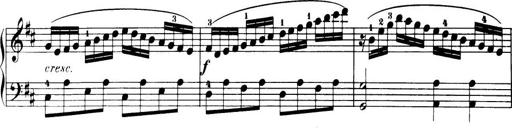
Title: 32 Sonatinas and Rondos for the Piano
Composer: Richard Kleinmichel